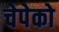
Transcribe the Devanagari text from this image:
चेपेको